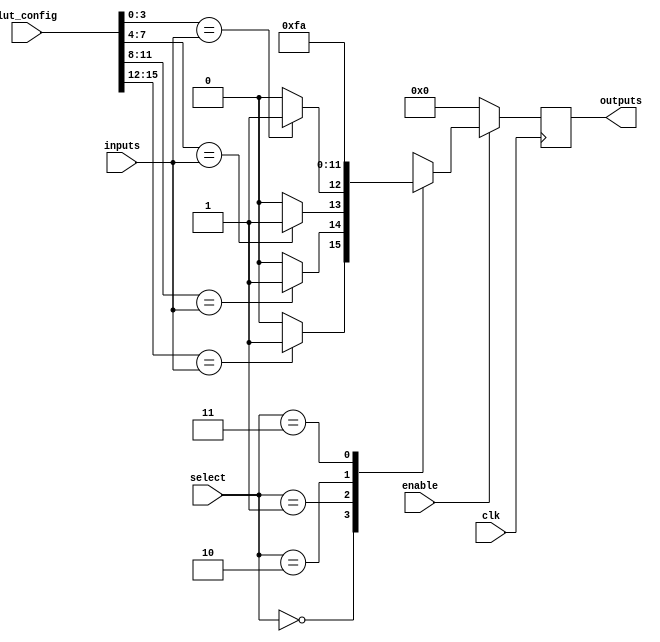
module combinational_logic_block (
    input wire [3:0] inputs,        // 4-bit input lines
    input wire [1:0] select,        // Select line for multiplexer
    input wire enable,               // Enable signal
    input wire clk,                  // Clock signal for configuration
    input wire [15:0] lut_config,    // Configuration for LUTs
    output reg [3:0] outputs         // 4-bit output lines
);

// Internal signals
wire [3:0] lut_out;                // Output from LUTs
wire [3:0] mux_out;                // Output from multiplexer

// Look-Up Table (LUT) implementation
generate
    genvar i;
    for (i = 0; i < 4; i = i + 1) begin : lut
        assign lut_out[i] = lut_config[i * 4 +: 4] == inputs ? 1'b1 : 1'b0; // Simple LUT logic
    end
endgenerate

// Multiplexer to select between LUT outputs
always @(*) begin
    case (select)
        2'b00: mux_out = lut_out;          // Select LUT output
        2'b01: mux_out = 4'b0000;          // Example: select a constant
        2'b10: mux_out = 4'b1111;          // Example: select another constant
        2'b11: mux_out = 4'b1010;          // Example: select another constant
        default: mux_out = 4'b0000;
    endcase
end

// Output logic with enable control
always @(posedge clk) begin
    if (enable) begin
        outputs <= mux_out;              // Update outputs if enabled
    end else begin
        outputs <= 4'b0000;              // Reset outputs if not enabled
    end
end

endmodule